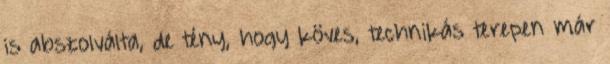
is abszolválta, de tény, hogy köves, technikás terepen már